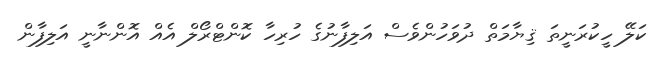
ކަލޭ ހީކުރަނީތަ ޤިޔާމަތް ދުވަހުންވެސް އަލިފާނުގެ ހުރިހާ ކޮންޓްރޯލް އެއް އޮންނާނީ އަލިފާން